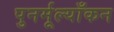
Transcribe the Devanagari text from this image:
पुनर्मूल्याँकन